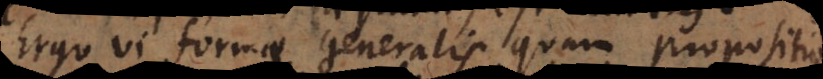
Ergo vi formae generalis quam propositio